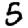
Digit: 5